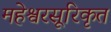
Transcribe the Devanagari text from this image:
महेश्वरसूरिकृत